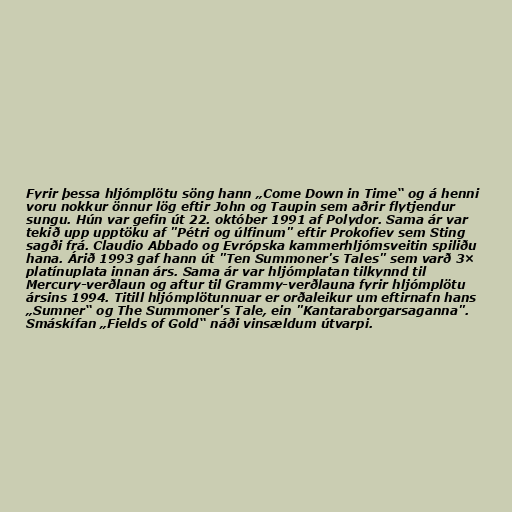
Fyrir þessa hljómplötu söng hann „Come Down in Time“ og á henni
voru nokkur önnur lög eftir John og Taupin sem aðrir flytjendur
sungu. Hún var gefin út 22. október 1991 af Polydor. Sama ár var
tekið upp upptöku af "Pétri og úlfinum" eftir Prokofiev sem Sting
sagði frá. Claudio Abbado og Evrópska kammerhljómsveitin spiliðu
hana. Árið 1993 gaf hann út "Ten Summoner's Tales" sem varð 3×
platínuplata innan árs. Sama ár var hljómplatan tilkynnd til
Mercury-verðlaun og aftur til Grammy-verðlauna fyrir hljómplötu
ársins 1994. Titill hljómplötunnuar er orðaleikur um eftirnafn hans
„Sumner“ og The Summoner's Tale, ein "Kantaraborgarsaganna".
Smáskífan „Fields of Gold“ náði vinsældum útvarpi.